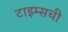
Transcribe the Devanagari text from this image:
टाइम्सची